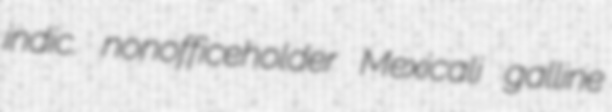
indic. nonofficeholder Mexicali galline